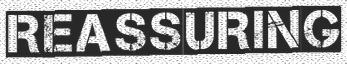
REASSURING